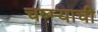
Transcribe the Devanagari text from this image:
चष्म्याची